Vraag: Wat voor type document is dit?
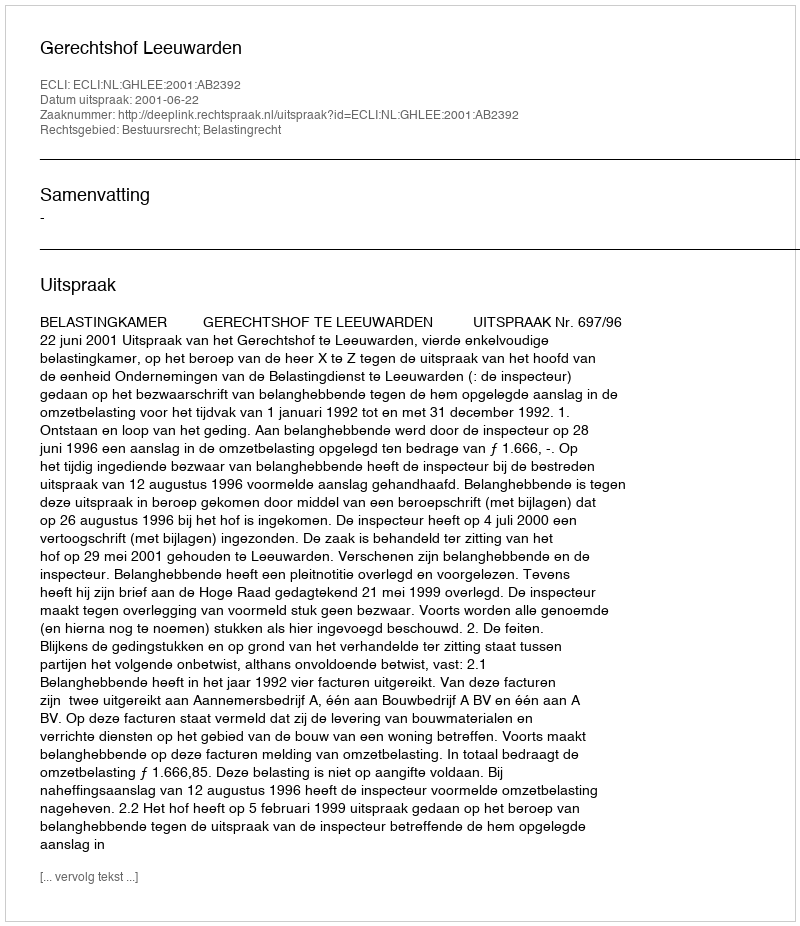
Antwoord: Uitspraak